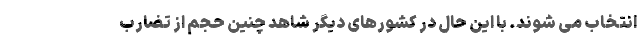
انتخاب می شوند. با این حال در کشورهای دیگر شاهد چنین حجم از تضارب